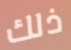
ذلك